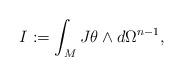
LaTeX: \begin{align*}I := \int_M J\theta \wedge d \Omega^{n-1},\end{align*}